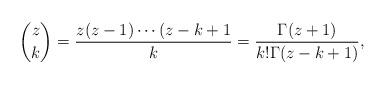
LaTeX: \begin{align*}\binom{z}{k}=\dfrac{z(z-1)\cdots (z-k+1}{k}=\dfrac{\Gamma(z+1)}{k!\Gamma(z-k+1)},\end{align*}